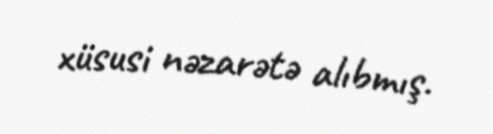
xüsusi nəzarətə alıbmış.